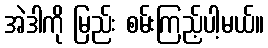
အဲဒါကို မြည်း စမ်းကြည့်ပါ့မယ်။